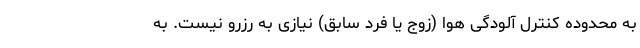
به محدوده کنترل آلودگی هوا (زوج یا فرد سابق) نیازی به رزرو نیست. به